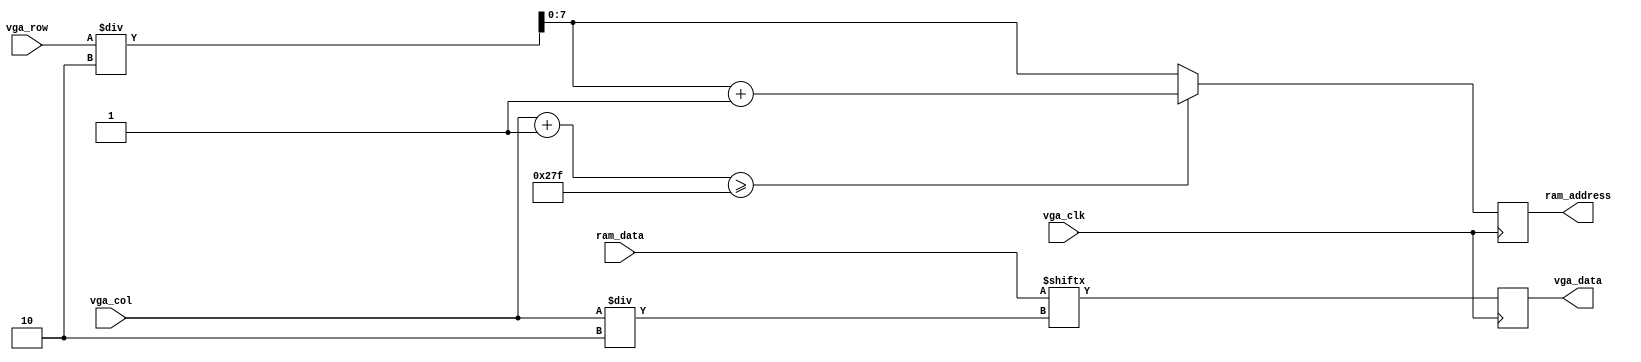
module ram_vga_interface(vga_clk, vga_row, vga_col, ram_address, ram_data, vga_data);
	input vga_clk;
	input [15:0] vga_row, vga_col;
	
	output reg [7:0] ram_address;
	input [319:0] ram_data;
	
	output reg vga_data;
	
	wire next_col_first_half;
	assign next_col_first_half = vga_col+1 < 320;
	
	wire next_col_second_half;
	assign next_col_second_half = 319 < vga_col+1 && vga_col+1 < 639;
	
	wire next_col_next_row;
	assign next_col_next_row = vga_col+1 >= 639;
	
	always @(posedge vga_clk) begin 
		// Load a pixel from RAM
		//if(vga_col < 320) begin 
			vga_data = ram_data[vga_col / 2];
		//end else begin
		//	vga_data = ram_data[(vga_col - 320) / 2];
		//end
		
		// Load the address for the next pixel
		/*if(next_col_first_half) begin  		// Cols 0 - 319
			ram_address = 2 * vga_row / 2;
		end
		if(next_col_second_half) begin // Cols 320 - 638
			ram_address = (2 * vga_row / 2) + 1;
		end else begin
			ram_address = 0;
		end */ /*
		if(next_col_next_row) begin		// Cols 639 (eov) -> 
			if(vga_row < 479) begin
				ram_address = 2 * ((vga_row / 2 ) + 1);
			end else begin 
				ram_address = 0;
			end
		end*/
		
		if(next_col_next_row) begin
			ram_address = vga_row/2 + 1;
		end else begin
			ram_address = vga_row/2;
		end
		
		
	end
	
endmodule